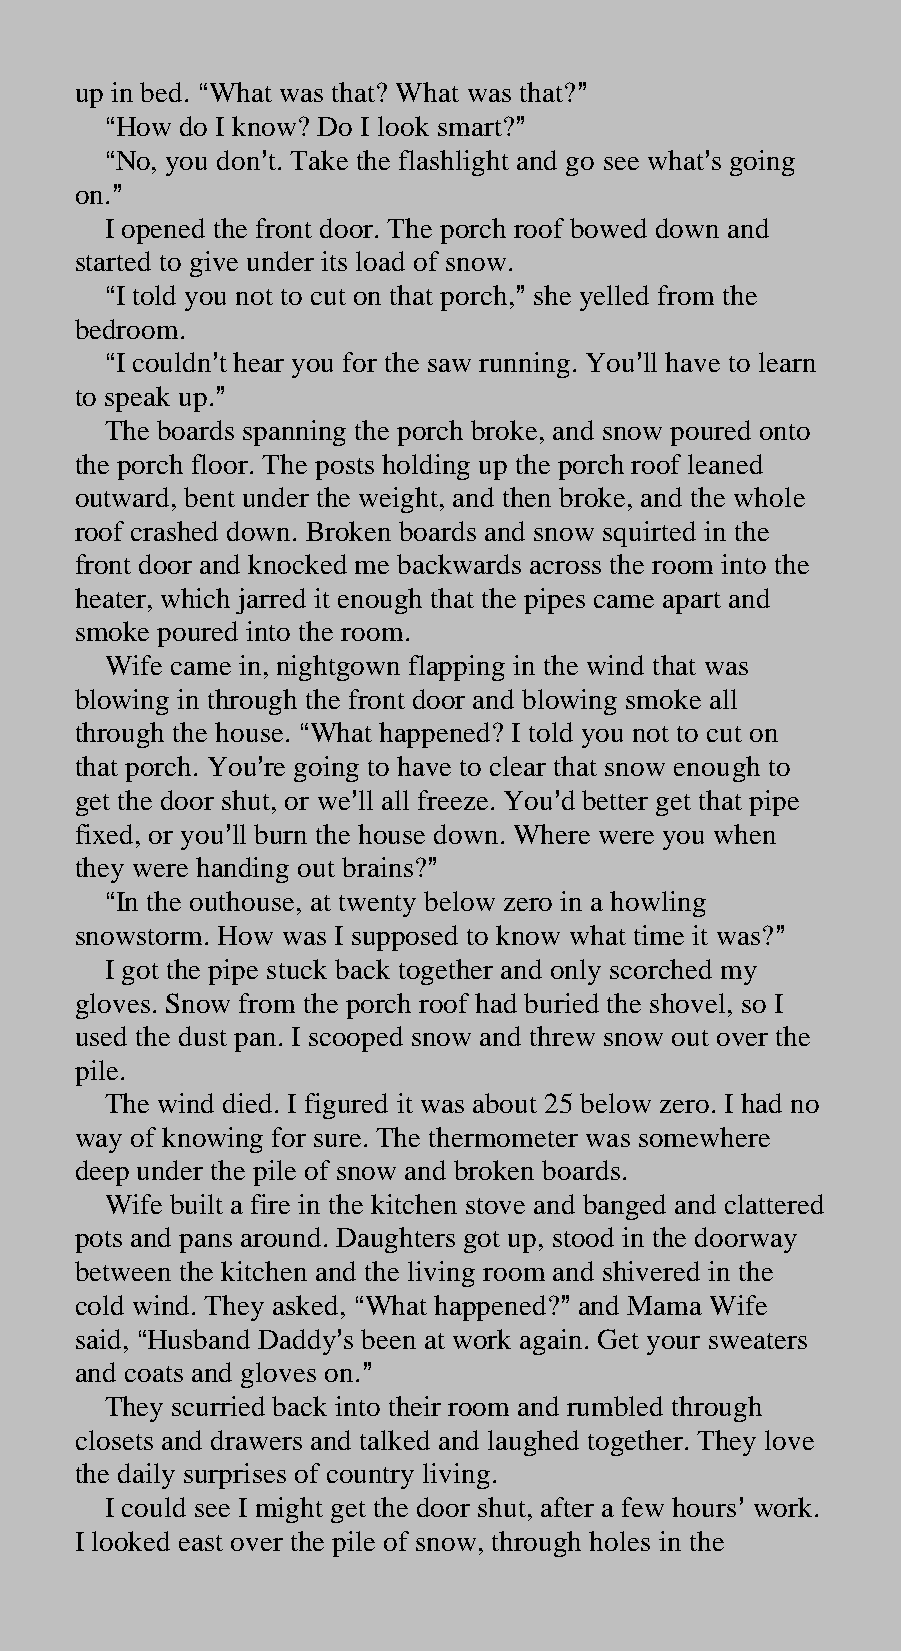
up in bed. AWhat was that? What was that?@
 AHow do I know? Do I look smart?@
 ANo, you don=t. Take the flashlight and go see what=s going
 on.@
 I opened the front door. The porch roof bowed down and
 started to give under its load of snow.
 AI told you not to cut on that porch,@ she yelled from the
 bedroom.
 AI couldn=t hear you for the saw running. You=ll have to learn
 to speak up.@
 The boards spanning the porch broke, and snow poured onto
 the porch floor. The posts holding up the porch roof leaned
 outward, bent under the weight, and then broke, and the whole
 roof crashed down. Broken boards and snow squirted in the
 front door and knocked me backwards across the room into the
 heater, which jarred it enough that the pipes came apart and
 smoke poured into the room.
 Wife came in, nightgown flapping in the wind that was
 blowing in through the front door and blowing smoke all
 through the house. AWhat happened? I told you not to cut on
 that porch. You=re going to have to clear that snow enough to
 get the door shut, or we=ll all freeze. You=d better get that pipe
 fixed, or you=ll burn the house down. Where were you when
 they were handing out brains?@
 AIn the outhouse, at twenty below zero in a howling
 snowstorm. How was I supposed to know what time it was?@
 I got the pipe stuck back together and only scorched my
 gloves. Snow from the porch roof had buried the shovel, so I
 used the dust pan. I scooped snow and threw snow out over the
 pile.
 The wind died. I figured it was about 25 below zero. I had no
 way of knowing for sure. The thermometer was somewhere
 deep under the pile of snow and broken boards.
 Wife built a fire in the kitchen stove and banged and clattered
 pots and pans around. Daughters got up, stood in the doorway
 between the kitchen and the living room and shivered in the
 cold wind. They asked, AWhat happened?@ and Mama Wife
 said, AHusband Daddy=s been at work again. Get your sweaters
 and coats and gloves on.@
 They scurried back into their room and rumbled through
 closets and drawers and talked and laughed together. They love
 the daily surprises of country living.
 I could see I might get the door shut, after a few hours= work.
 I looked east over the pile of snow, through holes in the